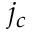
j _ { c }